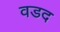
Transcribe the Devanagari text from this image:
वडद